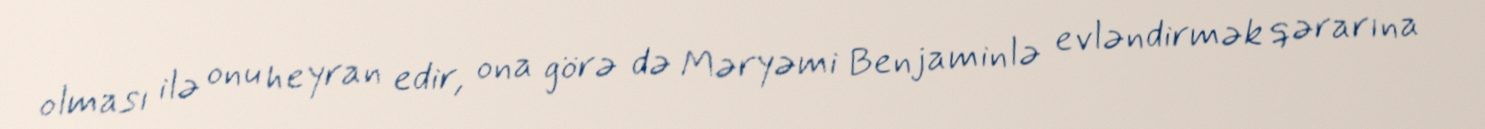
olması ilə onu heyran edir, ona görə də Məryəmi Benjaminlə evləndirmək qərarına